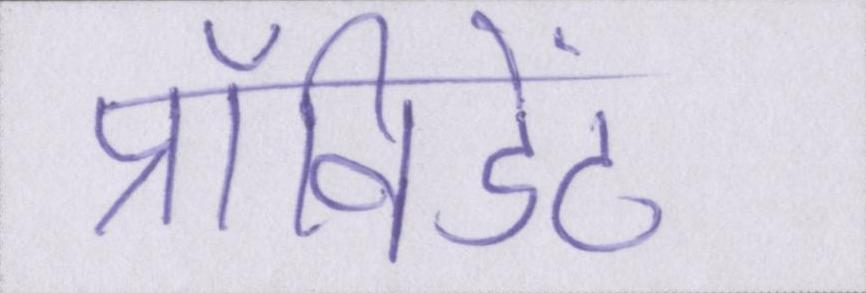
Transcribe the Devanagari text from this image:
प्रॉविडेंट